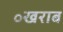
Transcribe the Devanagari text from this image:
॰खराब